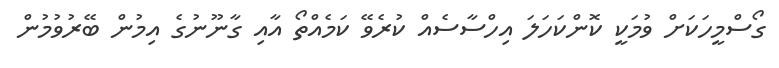
ގޯސްމީހަކަށް ވުމަކީ ކޮންކަހަލަ އިހްސާސެއް ކުރެވޭ ކަމެއްތޯ އާއި ގާނޫނުގެ އިމުން ބޭރުވުމުން